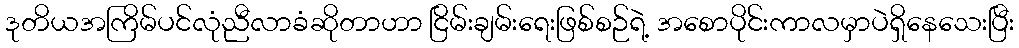
ဒုတိယအကြိမ်ပင်လုံညီလာခံဆိုတာဟာ ငြိမ်းချမ်းရေးဖြစ်စဉ်ရဲ့ အစောပိုင်းကာလမှာပဲရှိနေသေးပြီး